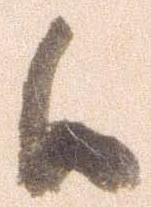
候